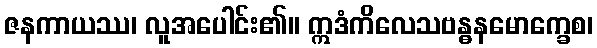
ဇနကာယဿ၊ လူအပေါင်း၏။ ဣဒံကိလေသဗန္ဓနမောက္ခေစ၊